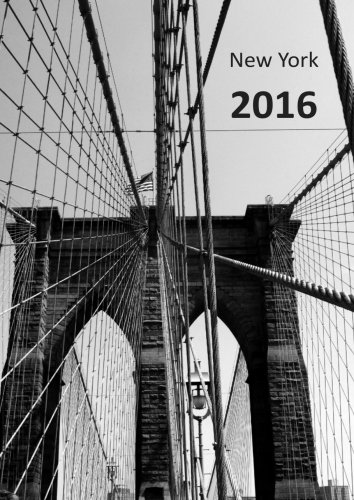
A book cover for MY BIG FAT CALENDAR 2016 - NEW YORK BROOKLYN BRIDGE (Great Britain): 1 day per DIN A4 page, lined; edition cumulus; Travel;